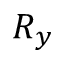
R _ { y }